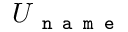
U _ { \texttt { n a m e } }